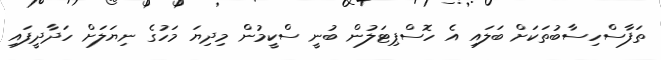
ތަފާސްހިސާބުތަކަށް ބަލައި އެ ހޮސްޕިޓަލުން ބުނީ ސްކީމުން މިދިޔަ މަހުގެ ނިޔަލަށް ހަދާދީފައި